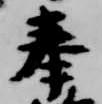
奉